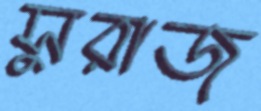
সুরাজ